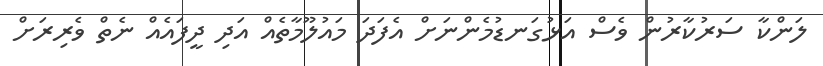
ލަންކާ ސަރުކާރުން ވެސް އަޅުގަނޑުމެންނަށް އެފަދަ މައުލޫމާތެއް އަދި ދީފައެއް ނެތް ވެރިރަށް